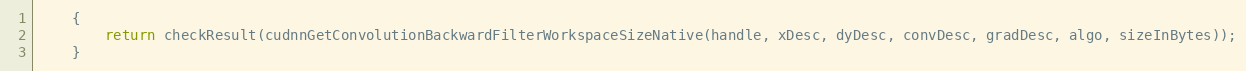
Language: Java
    {
        return checkResult(cudnnGetConvolutionBackwardFilterWorkspaceSizeNative(handle, xDesc, dyDesc, convDesc, gradDesc, algo, sizeInBytes));
    }